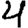
Digit: 4